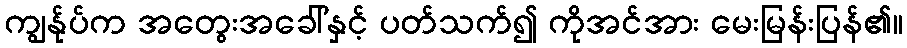
ကျွန်ုပ်က အတွေးအခေါ်နှင့် ပတ်သက်၍ ကိုအင်အား မေးမြန်းပြန်၏။